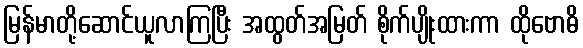
မြန်မာတို့ဆောင်ယူလာကြပြီး အထွတ်အမြတ် စိုက်ပျိုးထားကာ ထိုဗောဓိ